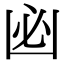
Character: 𠚊